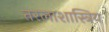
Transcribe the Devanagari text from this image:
तरलाशास्त्रिय